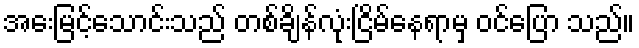
အေးမြင့်သောင်းသည် တစ်ချိန်လုံးငြိမ်နေရာမှ ဝင်ပြော သည်။